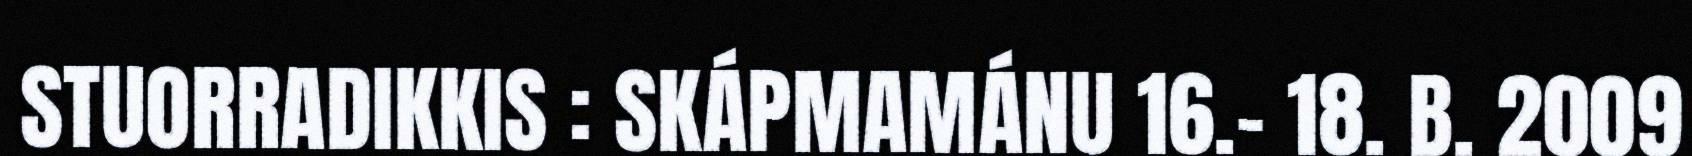
STUORRADIKKIS : SKÁPMAMÁNU 16.‐ 18. B. 2009